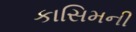
કાસિમની